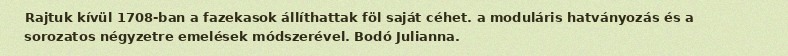
Rajtuk kívül 1708-ban a fazekasok állíthattak föl saját céhet. a moduláris hatványozás és a sorozatos négyzetre emelések módszerével. Bodó Julianna.